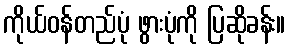
ကိုယ်ဝန်တည်ပုံ ဖွားပုံကို ပြဆိုခန်း။